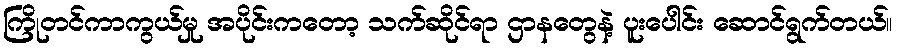
ကြိုတင်ကာကွယ်မှု အပိုင်းကတော့ သက်ဆိုင်ရာ ဌာနတွေနဲ့ ပူးပေါင်း ဆောင်ရွက်တယ်။